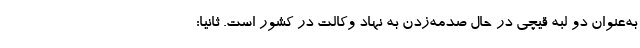
به‌عنوان دو لبه قیچی در حال صدمه‌زدن به نهاد وکالت در کشور است. ثانیا: